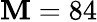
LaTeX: \mathbf{M}=84